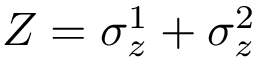
Z = \sigma _ { z } ^ { 1 } + \sigma _ { z } ^ { 2 }